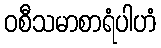
ဝစီသမာစာရံပါဟံ